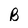
Character: B